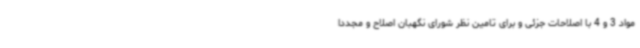
مواد 3 و 4 با اصلاحات جزئی و برای تامین نظر شورای نگهبان اصلاح و مجددا